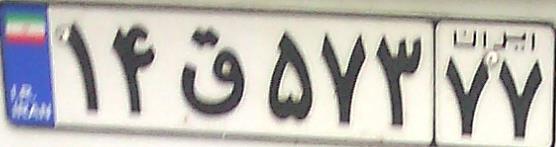
۱۴ق۵۷۳۷۷